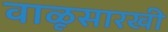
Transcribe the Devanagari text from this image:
वाळूसारखी